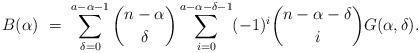
LaTeX: \begin{align*} B(\alpha)\ = \ \sum_{\delta = 0}^{a - \alpha - 1} \binom{n - \alpha}{\delta} \sum_{i=0}^{a - \alpha - \delta - 1} (-1)^i \binom{n - \alpha - \delta}{i} G(\alpha, \delta). \end{align*}